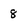
Character: 8